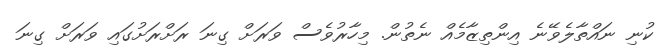
ކުނި ނައްތާލެވޭނެ އިންތިޒާމެއް ނެތުން. މިހާރުވެސް ވަރަށް ގިނަ ރަށްރަށުގައި ވަރަށް ގިނަ